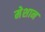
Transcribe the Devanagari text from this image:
मेशान